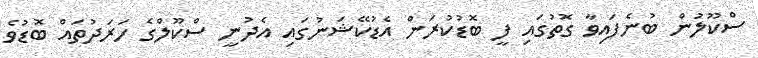
ސްކޫލުން ބުނެފައިވާ ގޮތުގައި ފީ ބޮޑުކުރަން އެޑުކޭޝަނުގައި އެދުނީ ސްކޫލްގެ ހަރަދުތައް ބޮޑުވެ